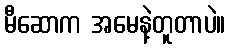
မီဆောက အမေနဲ့တူတာပဲ။